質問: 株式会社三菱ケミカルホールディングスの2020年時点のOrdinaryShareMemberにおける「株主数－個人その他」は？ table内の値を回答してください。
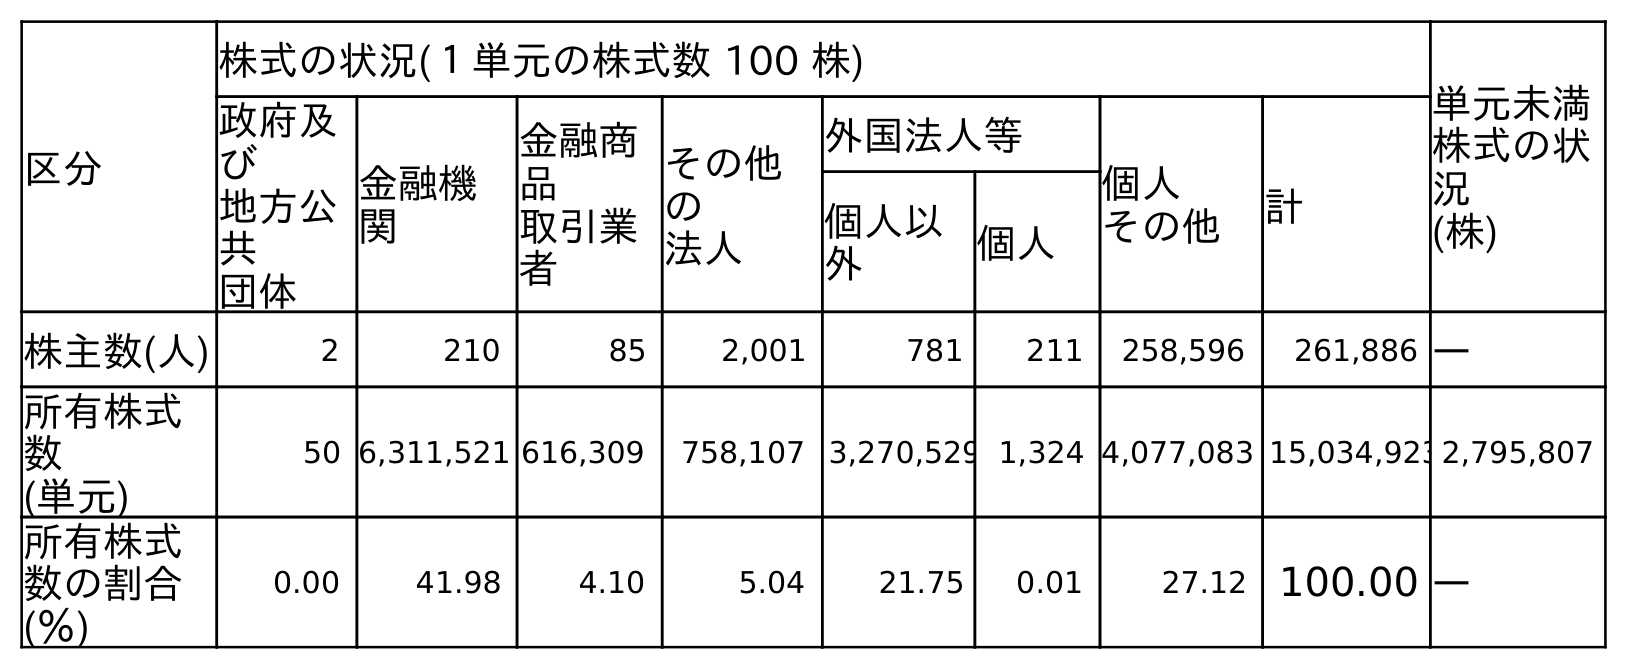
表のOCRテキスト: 区分 株式の状況(１単元の株式数 100 株) 単元未満 株式の状 況 (株) 政府及 び 地方公 共 団体 金融機 関 金融商 品 取引業 者 その他 の 法人 外国法人等 個人 その他 計 個人以 外 個人 株主数(人) 2 210 85 2,001 781 211 258,596 261,886 ― 所有株式 数 (単元) 50 6,311,521 616,309 758,107 3,270,529 1,324 4,077,083 15,034,9232,795,807 所有株式 数の割合 (％) 0.00 41.98 4.10 5.04 21.75 0.01 27.12 100.00 ―
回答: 258,596